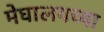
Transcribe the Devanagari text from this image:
मेघालयच्या